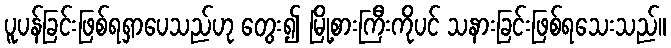
ပူပန်ခြင်းဖြစ်ရရှာပေသည်ဟု တွေး၍ မြို့စားကြီးကိုပင် သနားခြင်းဖြစ်ရသေးသည်။